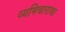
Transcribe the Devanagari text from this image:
व्यभिचाराचा